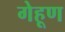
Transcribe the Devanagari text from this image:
गेहूण